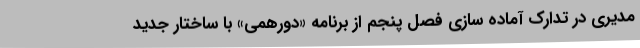
مدیری در تدارک آماده سازی فصل پنجم از برنامه «دورهمی» با ساختار جدید